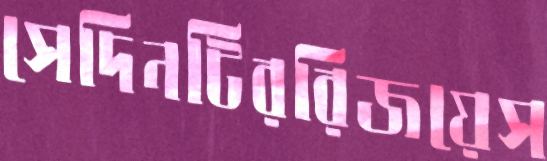
সেদিনটিররিজয়েস